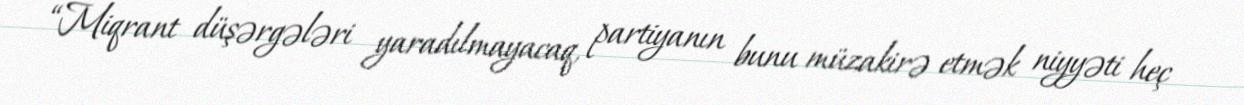
“Miqrant düşərgələri yaradılmayacaq, partiyanın bunu müzakirə etmək niyyəti heç